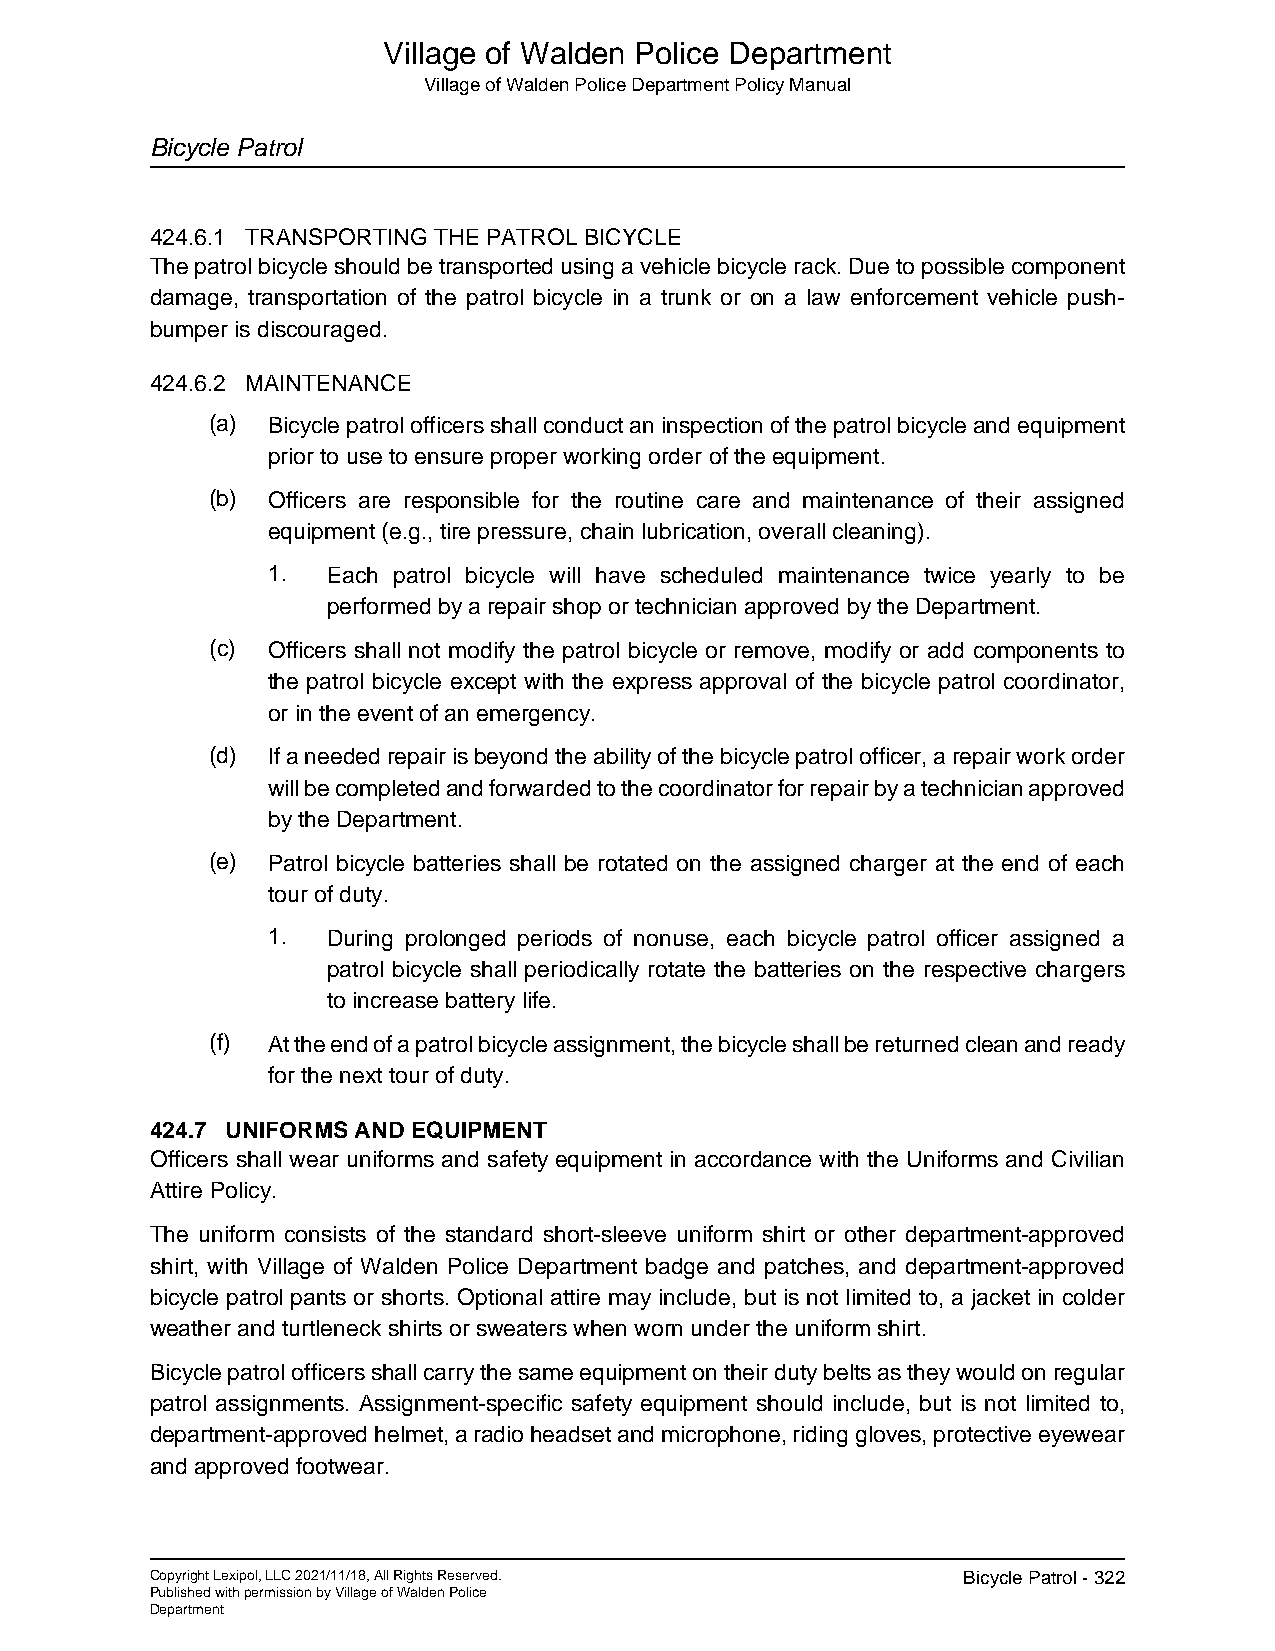
Village of Walden Police Department
 Village of Walden Police Department Policy Manual
 Bicycle Patrol
 424.6.1 TRANSPORTING THE PATROL BICYCLE
 The patrol bicycle should be transported using a vehicle bicycle rack. Due to possible component
 damage, transportation of the patrol bicycle in a trunk or on a law enforcement vehicle push-
 bumper is discouraged.
 424.6.2 MAINTENANCE
 (a) Bicycle patrol officers shall conduct an inspection of the patrol bicycle and equipment
 prior to use to ensure proper working order of the equipment.
 (b) Officers are responsible for the routine care and maintenance of their assigned
 equipment (e.g., tire pressure, chain lubrication, overall cleaning).
 1.  Each patrol bicycle will have scheduled maintenance twice yearly to be
 performed by a repair shop or technician approved by the Department.
 (c) Officers shall not modify the patrol bicycle or remove, modify or add components to
 the patrol bicycle except with the express approval of the bicycle patrol coordinator,
 or in the event of an emergency.
 (d) If a needed repair is beyond the ability of the bicycle patrol officer, a repair work order
 will be completed and forwarded to the coordinator for repair by a technician approved
 by the Department.
 (e) Patrol bicycle batteries shall be rotated on the assigned charger at the end of each
 tour of duty.
 1.  During prolonged periods of nonuse, each bicycle patrol officer assigned a
 patrol bicycle shall periodically rotate the batteries on the respective chargers
 to increase battery life.
 (f) At the end of a patrol bicycle assignment, the bicycle shall be returned clean and ready
 for the next tour of duty.
 424.7 UNIFORMS AND EQUIPMENT
 Officers shall wear uniforms and safety equipment in accordance with the Uniforms and Civilian
 Attire Policy.
 The uniform consists of the standard short-sleeve uniform shirt or other department-approved
 shirt, with Village of Walden Police Department badge and patches, and department-approved
 bicycle patrol pants or shorts. Optional attire may include, but is not limited to, a jacket in colder
 weather and turtleneck shirts or sweaters when worn under the uniform shirt.
 Bicycle patrol officers shall carry the same equipment on their duty belts as they would on regular
 patrol assignments. Assignment-specific safety equipment should include, but is not limited to,
 department-approved helmet, a radio headset and microphone, riding gloves, protective eyewear
 and approved footwear.
 Copyright Lexipol, LLC 2021/11/18, All Rights Reserved. Bicycle Patrol - 322
 Published with permission by Village of Walden Police
 Department